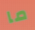
ما